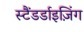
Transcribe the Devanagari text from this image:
स्टैंडर्डाइज़िंग